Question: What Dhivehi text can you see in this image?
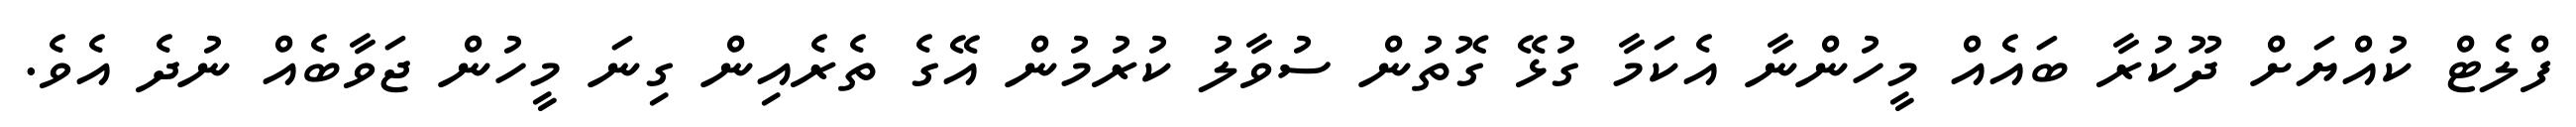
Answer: ފްލެޓް ކުއްޔަށް ދޫކުރާ ބައެއް މީހުންނާ އެކަމާ ގުޅޭ ގޮތުން ސުވާލު ކުރުމުން އޭގެ ތެރެއިން ގިނަ މީހުން ޖަވާބެއް ނުދެ އެވެ.